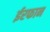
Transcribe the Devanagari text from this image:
ईरफान